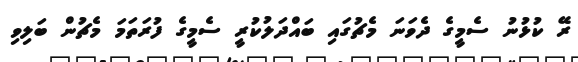
ރޭ ކުޅުނު ސެމީގެ ދެވަނަ މެޗުގައި ބައްދަލުކުރީ ސެމީގެ ފުރަތަމަ މެޗުން ބަލިވި